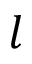
l